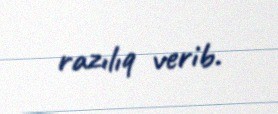
razılıq verib.